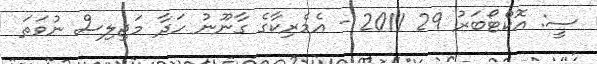
ސީ: އޮކްޓޯބަރު 29 2011 - އެމެރިކާގެ ގާނޫނު ހަދާ މަޖިލިސް ނުވަތަ